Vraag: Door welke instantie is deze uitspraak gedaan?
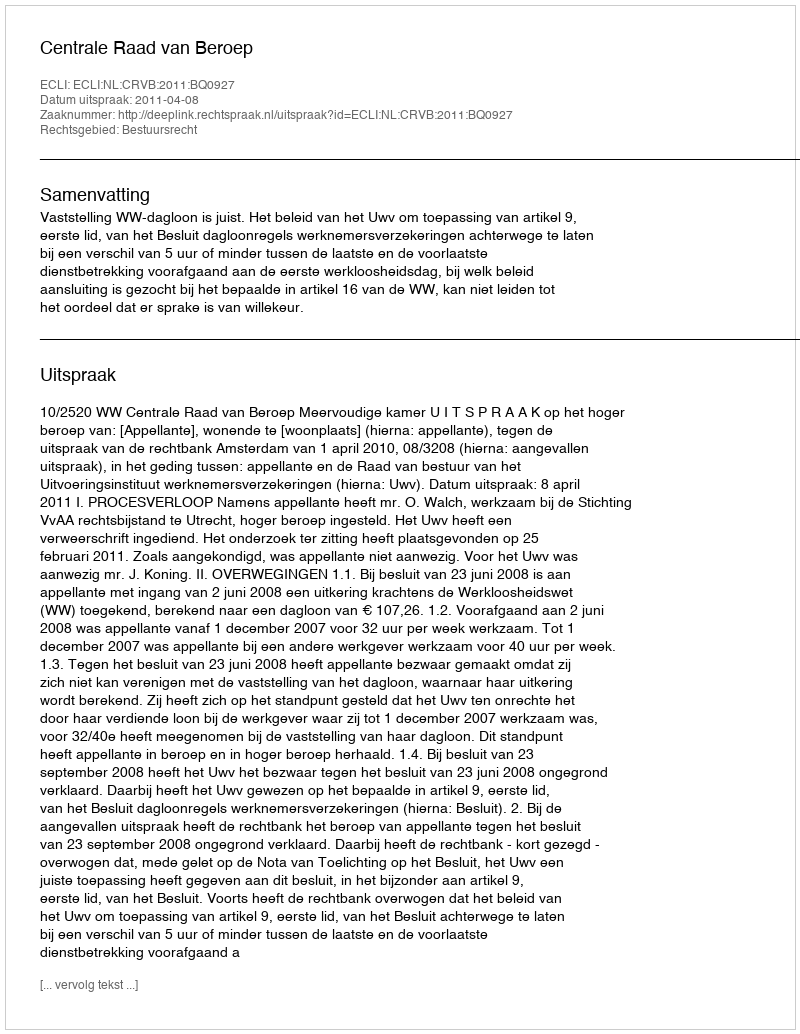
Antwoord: Centrale Raad van Beroep